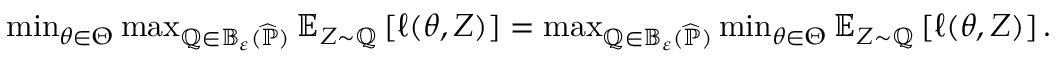
\begin{array} { r } { \operatorname* { m i n } _ { \theta \in \Theta } \operatorname* { m a x } _ { \mathbb Q \in \mathbb B _ { \varepsilon } ( \widehat { \mathbb P } ) } \mathbb E _ { Z \sim \mathbb Q } \left[ \ell ( \theta , Z ) \right] = \operatorname* { m a x } _ { \mathbb Q \in \mathbb B _ { \varepsilon } ( \widehat { \mathbb P } ) } \operatorname* { m i n } _ { \theta \in \Theta } \mathbb E _ { Z \sim \mathbb Q } \left[ \ell ( \theta , Z ) \right] . } \end{array}